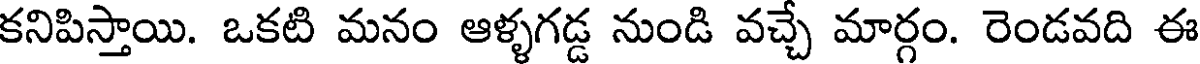
కనిపిస్తాయి. ఒకటి మనం ఆళ్ళగడ్డ నుండి వచ్చే మార్గం. రెండవది ఈ